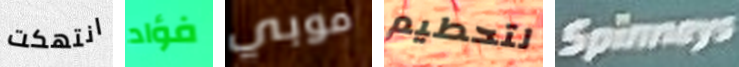
انتهكت فؤاد موبي لتحطيم Spinneys